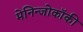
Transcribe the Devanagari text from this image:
मेनिन्जोकॉकी